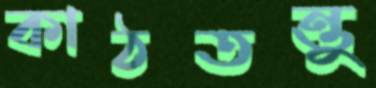
কাঠতন্তু